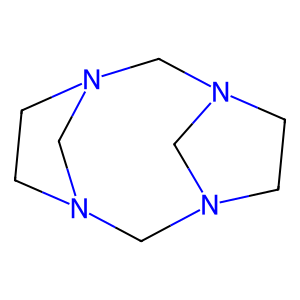
SMILES: C1CN2CN1CN1CCN(C1)C2
Inhibits HIV replication: No